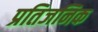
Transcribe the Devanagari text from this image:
प्रतिजनिक